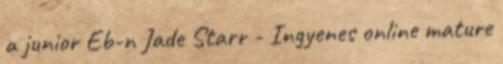
a junior Eb-n Jade Starr - Ingyenes online mature